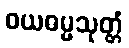
ဝယဓမ္မသုတ္တံ